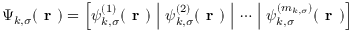
\boldsymbol { \Psi } _ { k , \sigma } ( \boldsymbol { \textbf { r } } ) = \left[ \psi _ { k , \sigma } ^ { ( 1 ) } ( \boldsymbol { \textbf { r } } ) ~ \middle | ~ \psi _ { k , \sigma } ^ { ( 2 ) } ( \boldsymbol { \textbf { r } } ) ~ \middle | ~ \cdots ~ \middle | ~ \psi _ { k , \sigma } ^ { ( m _ { k , \sigma } ) } ( \boldsymbol { \textbf { r } } ) \right]